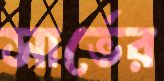
সার্ভের